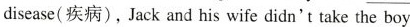
disease(疾病), Jack and his wife didn't take the boy